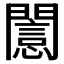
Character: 𨶡